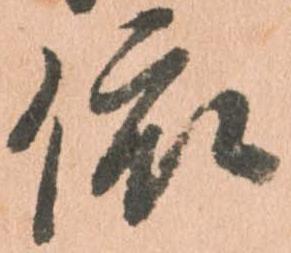
依